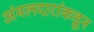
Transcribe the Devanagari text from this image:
अंमलदारांकडून